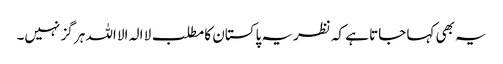
یہ بھی کہا جاتا ہے کہ نظریہ پاکستان کا مطلب لا الہ الا اللہ ہر گز نہیں۔